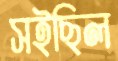
সইছিল